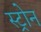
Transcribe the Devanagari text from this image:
स्ट्रोन